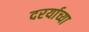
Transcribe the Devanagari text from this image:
दरर्याच्या